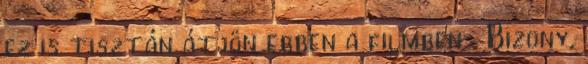
ez is tisztán átjön ebben a filmben . Bizony,